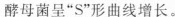
酵母菌呈”S”形曲线增长。